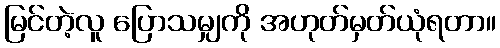
မြင်တဲ့လူ ပြောသမျှကို အဟုတ်မှတ်ယုံရတာ။